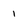
Character: 1